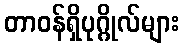
တာဝန်ရှိပုဂ္ဂိုလ်များ